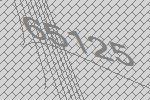
65125